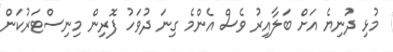
މުޅި ދުނިޔެ އަށް ބަލާއިރު ވެސް އެންމެ ގިނަ ދުވަހު ފޮރިން މިނިސްޓަރުކަން